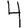
Digit: 4